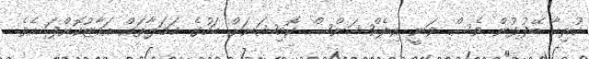
ހުރިހާ ބޭފުޅުން ވެސް ވަނީ އިލެކްޝަންސް ކޮމިޝަނަށް ބަހުގެ ހަމަލާތައް އަމާޒުކޮށްފަ އެވެ.